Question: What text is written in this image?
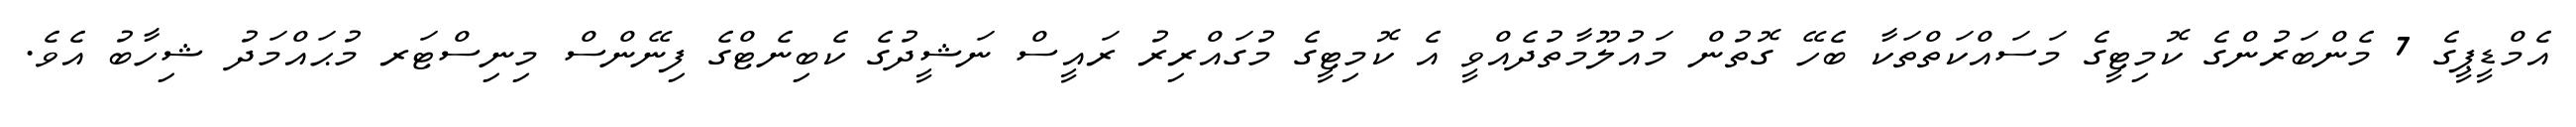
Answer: އެމްޑީޕީގެ 7 މެންބަރުންގެ ކޮމިޓީގެ މަސައްކަތްތަކާ ބެހޭ ގޮތުން މައުލޫމާތުދެއްވީ އެ ކޮމިޓީގެ މުގައްރިރު ރައީސް ނަޝީދުގެ ކެބިނެޓްގެ ފިނޭންސް މިނިސްޓަރ މުޙައްމަދު ޝިހާބު އެވެ.